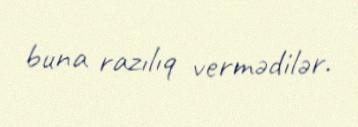
buna razılıq vermədilər.